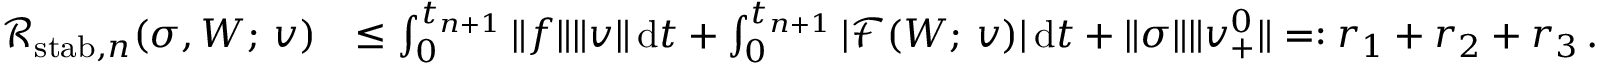
\begin{array} { r l } { { \mathcal { R } } _ { \mathrm { s t a b } , n } ( \boldsymbol { \sigma } , \boldsymbol { W } ; \, \boldsymbol { v } ) } & { \leq \int _ { 0 } ^ { t _ { n + 1 } } \| \boldsymbol { f } \| \| \boldsymbol { v } \| \, \mathrm d t + \int _ { 0 } ^ { t _ { n + 1 } } | \mathcal { F } ( \boldsymbol { W } ; \, \boldsymbol { v } ) | \, \mathrm { d } t + \| \boldsymbol { \sigma } \| \| \boldsymbol { v } _ { + } ^ { 0 } \| = : r _ { 1 } + r _ { 2 } + r _ { 3 } \, . } \end{array}